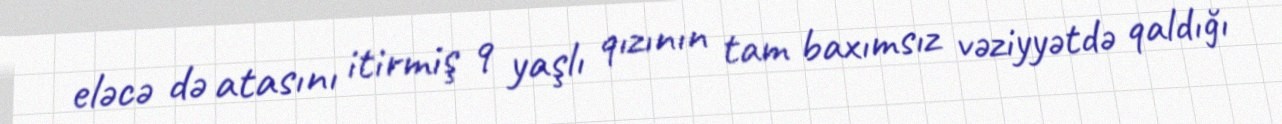
eləcə də atasını itirmiş 9 yaşlı qızının tam baxımsız vəziyyətdə qaldığı